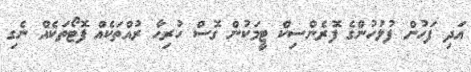
އަދި ފަހުން ފުލުހުންގެ ފޮރެންސިކް ޓީމަކުން ގޮސް ހުރިހާ ރުއްތަކެއް ފޮޓޯތަކެއް ނެގި